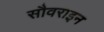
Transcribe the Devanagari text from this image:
सौवराइन